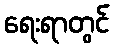
ရေးရာတွင်